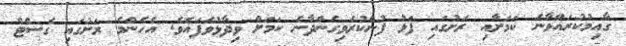
ގާއިމުކުރައްވާނެ ކަމަށާއި ރަށުގައި ފަޅު ފުންކުރެވިގެންދާނެ ކަމަށް ވިދާޅުވެފައެވެ. އެހެންމެ ރަށުގައި ގެސްޓް